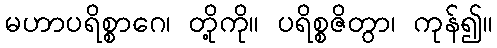
မဟာပရိစ္စာဂေ၊ တို့ကို။ ပရိစ္စဇိတွာ၊ ကုန်၍။